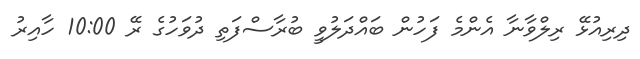
ދިރިއުޅޭ ރިލްވާނާ އެންމެ ފަހުން ބައްދަލުވީ ބުރާސްފަތި ދުވަހުގެ ރޭ 10:00 ހާއިރު